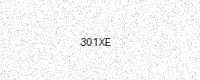
Text: 301XE